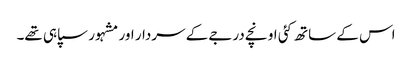
اس کے ساتھ کئی اونچے درجے کے سردار اور مشہور سپاہی تھے۔